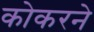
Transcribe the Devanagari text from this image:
कोकरने